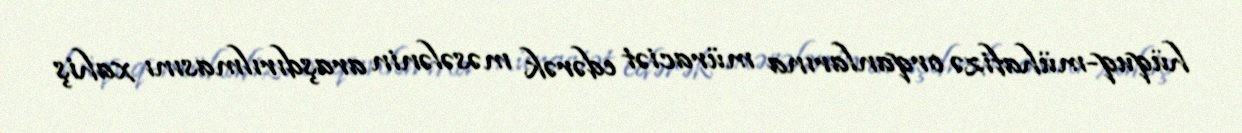
hüquq-mühafizə orqanlarına müraciət edərək məsələnin araşdırılmasını xahiş